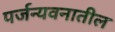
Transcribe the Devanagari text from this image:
पर्जन्यवनातील